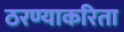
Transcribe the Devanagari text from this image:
ठरण्याकरिता